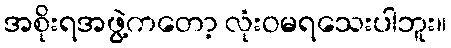
အစိုးရအဖွဲ့ကတော့ လုံးဝမရသေးပါဘူး။